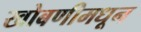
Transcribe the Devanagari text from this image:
खोबणीमधून